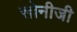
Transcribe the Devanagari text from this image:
सोनीजी